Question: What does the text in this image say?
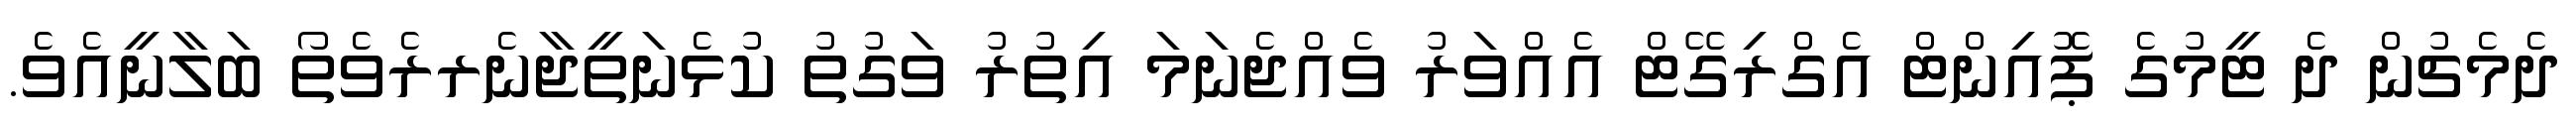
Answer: ދެމެޗުން ދެ ޓީމުގެ ޕޮއިންޓް އެގްރިގޭޓް އެއްވަރު ވެއްޖެނަމަ އިތުރު ވަގުތު ކުޅެނަތީޖާނެރރެވެތޯ ބަލާނީއެވެ.